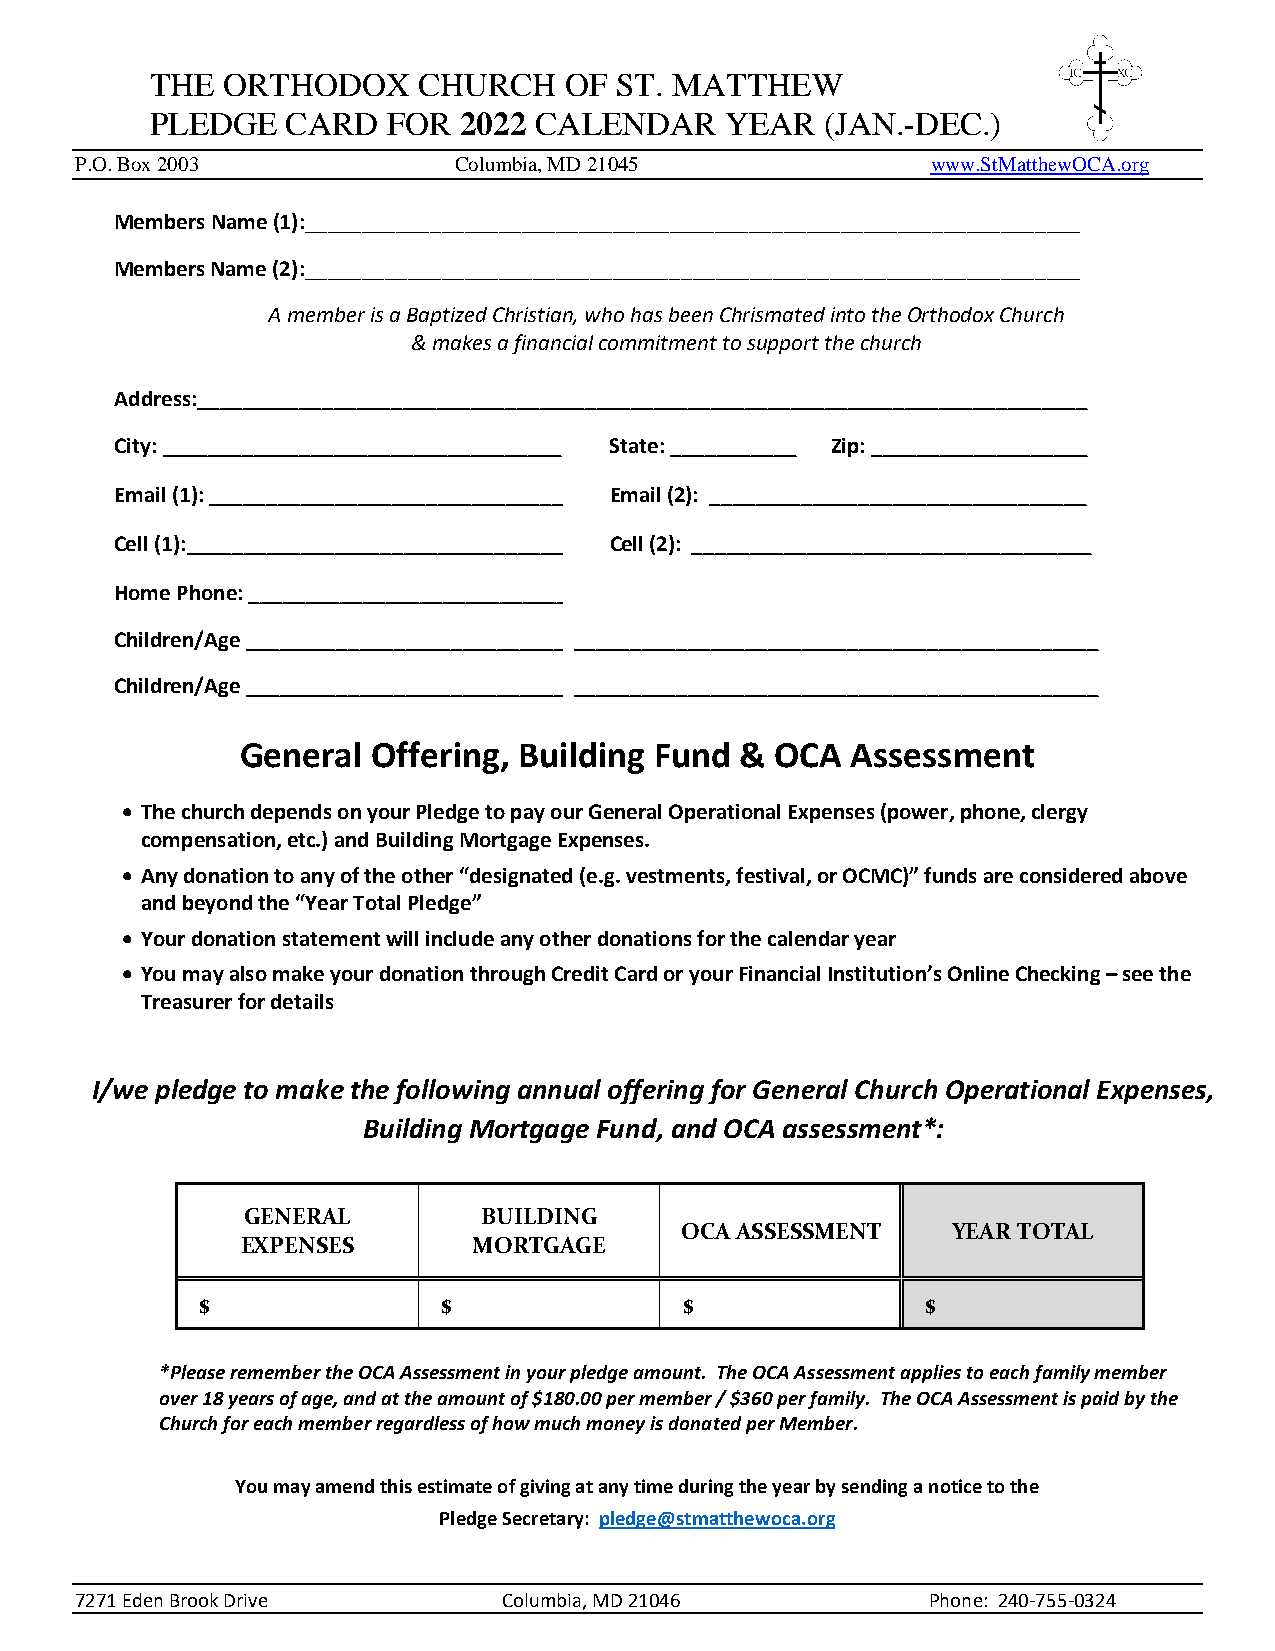
THE  ORTHODOX     CHURCH   OF  ST. MATTHEW
 PLEDGE   CARD   FOR 2022 CALENDAR     YEAR   (JAN.-DEC.)
 P.O.Box2003              Columbia,MD21045                www.StMatthewOCA.org
 MembersName(1):____________________________________________________________________
 MembersName(2):____________________________________________________________________
 AmemberisaBaptizedChristian,whohasbeenChrismatedintotheOrthodoxChurch
 &makesafinancialcommitmenttosupportthechurch
 Address:______________________________________________________________________________
 City:___________________________________ State:___________ Zip:___________________
 Email(1):_______________________________ Email(2): _________________________________
 Cell(1):_________________________________ Cell(2): ___________________________________
 HomePhone:______________________________
 Children/Age_____________________________________________________________________________
 Children/Age____________________________________________________________________________
 General  Offering, Building Fund & OCA  Assessment
  ThechurchdependsonyourPledgetopayourGeneralOperationalExpenses(power,phone,clergy
 compensation,etc.)andBuildingMortgageExpenses.
  Anydonationtoanyoftheother“designated(e.g.vestments,festival,orOCMC)”fundsareconsideredabove
 andbeyondthe“YearTotalPledge”
  Yourdonationstatementwillincludeanyotherdonationsforthecalendaryear
  YoumayalsomakeyourdonationthroughCreditCardoryourFinancialInstitution’sOnlineChecking–seethe
 Treasurerfordetails
 I/we pledge to makethe following annual offering for General Church Operational Expenses,
 Building Mortgage Fund, and OCA assessment*:
 GENERAL         BUILDING
 OCAASSESSMENT     YEARTOTAL
 EXPENSES       MORTGAGE
 $               $               $               $
 *PleaseremembertheOCAAssessmentinyourpledgeamount. TheOCAAssessmentappliestoeachfamilymember
 over18yearsofage,andattheamountof$180.00permember/$360perfamily. TheOCAAssessmentispaidbythe
 ChurchforeachmemberregardlessofhowmuchmoneyisdonatedperMember.
 Youmayamendthisestimateofgivingatanytimeduringtheyearbysendinganoticetothe
 PledgeSecretary: pledge@stmatthewoca.org
 7271EdenBrookDrive          Columbia,MD21046            Phone: 240-755-0324